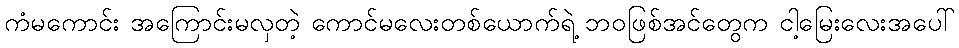
ကံမကောင်း အကြောင်းမလှတဲ့ ကောင်မလေးတစ်ယောက်ရဲ့ ဘဝဖြစ်အင်တွေက ငါ့မြေးလေးအပေါ်